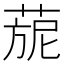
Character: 𦴪